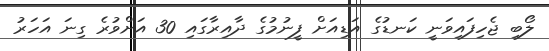
ލޯބި ޖެހިފައިވަނީ ކަނޑުގެ އަޑިއަށް ފީނުމުގެ ދާއިރާގައި 30 އަށްވުރެ ގިނަ އަހަރު